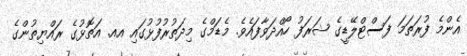
އެންމެ ފުރަތަމަ ފަސްޓްލޭޑީގެ ޝަރަފު ހޯއްދަވާފައެވެ. މެޑަމްގެ މިދަތުރުފުޅުގައި އއ. އަތޮޅުގެ ރައްޔިތުންގެ